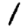
Digit: 1